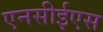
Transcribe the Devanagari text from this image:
एनसीईएस